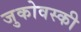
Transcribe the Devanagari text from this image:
जुकोवस्की